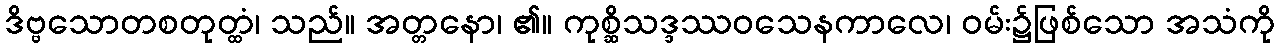
ဒိဗ္ဗသောတစတုတ္ထံ၊ သည်။ အတ္တနော၊ ၏။ ကုစ္ဆိသဒ္ဒဿဝသေနကာလေ၊ ဝမ်း၌ဖြစ်သော အသံကို